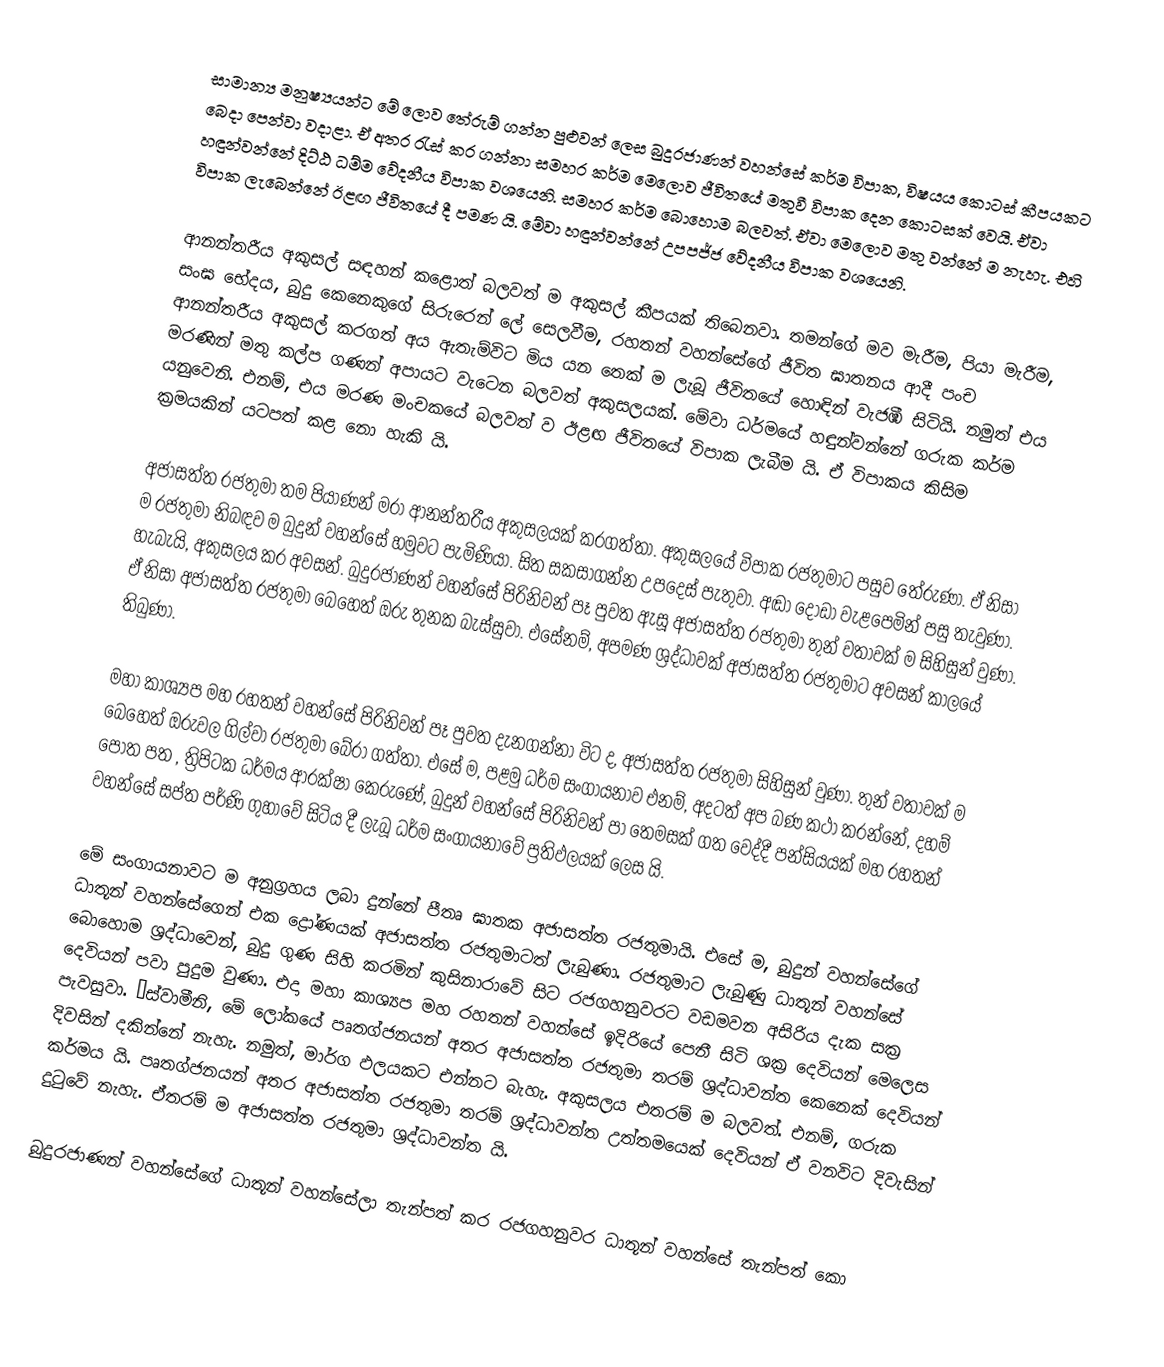
සාමාන්‍ය මනුෂ්‍යයන්ට මේ ලොව තේරුම් ගන්න පුළුවන් ලෙස බුදුරජාණන් වහන්සේ කර්ම විපාක, විෂයය කොටස් කීපයකට බෙදා පෙන්වා වදාළා. ඒ අතර රැස් කර ගන්නා සමහර කර්ම මෙලොව ජීවිතයේ මතුවී විපාක දෙන කොටසක් වෙයි. ඒවා හඳුන්වන්නේ දිට්ඨ ධම්ම වේදනීය විපාක වශයෙනි. සමහර කර්ම බොහොම බලවත්. ඒවා මෙලොව මතු වන්නේ ම නැහැ. එහි විපාක ලැබෙන්නේ ඊළඟ ජීවිතයේ දී පමණ යි. මේවා හඳුන්වන්නේ උපපජ්ජ වේදනීය විපාක වශයෙනි.

ආනන්තරීය අකුසල් සඳහන් කළොත් බලවත් ම අකුසල් කීපයක් තිබෙනවා. තමන්ගේ මව මැරීම, පියා මැරීම, සංඝ භේදය, බුදු කෙනෙකුගේ සිරුරෙන් ලේ සෙලවීම, රහතන් වහන්සේගේ ජීවිත ඝාතනය ආදී පංච ආනන්තරීය අකුසල් කරගත් අය ඇතැම්විට මිය යන තෙක් ම ලැබූ ජීවිතයේ හොඳින් වැජඹී සිටියි. නමුත් එය මරණින් මතු කල්ප ගණන් අපායට වැටෙන බලවත් අකුසලයක්. මේවා ධර්මයේ හඳුන්වන්නේ ගරුක කර්ම යනුවෙනි. එනම්, එය මරණ මංචකයේ බලවත් ව ඊළඟ ජීවිතයේ විපාක ලැබීම යි. ඒ විපාකය කිසිම ක්‍රමයකින් යටපත් කළ නො හැකි යි.

අජාසත්ත රජතුමා තම පියාණන් මරා ආනන්තරීය අකුසලයක් කරගත්තා. අකුසලයේ විපාක රජතුමාට පසුව තේරුණා. ඒ නිසා ම රජතුමා නිබඳව ම බුදුන් වහන්සේ හමුවට පැමිණියා. සිත සකසාගන්න උපදෙස් පැතුවා. අඬා දොඩා වැළපෙමින් පසු තැවුණා. හැබැයි, අකුසලය කර අවසන්. බුදුරජාණන් වහන්සේ පිරිනිවන් පෑ පුවත ඇසූ අජාසත්ත රජතුමා තුන් වතාවක් ම සිහිසුන් වුණා. ඒ නිසා අජාසත්ත රජතුමා බෙහෙත් ඔරු තුනක බැස්සුවා. එසේනම්, අපමණ ශ්‍රද්ධාවක් අජාසත්ත රජතුමාට අවසන් කාලයේ තිබුණා.

මහා කාශ්‍යප මහ රහතන් වහන්සේ පිරිනිවන් පෑ පුවත දැනගන්නා විට ද, අජාසත්ත රජතුමා සිහිසුන් වුණා. තුන් වතාවක් ම බෙහෙත් ඔරුවල ගිල්වා රජතුමා බේරා ගත්තා. එසේ ම, පළමු ධර්ම සංගායනාව එනම්, අදටත් අප බණ කථා කරන්නේ, දහම් පොත පත , ත්‍රිපිටක ධර්මය ආරක්ෂා කෙරුණේ, බුදුන් වහන්සේ පිරිනිවන් පා තෙමසක් ගත වෙද්දී පන්සියයක් මහ රහතන් වහන්සේ සප්ත පර්ණි ගුහාවේ සිටිය දී ලැබූ ධර්ම සංගායනාවේ ප්‍රතිඵලයක් ලෙස යි.

මේ සංගායනාවට ම අනුග්‍රහය ලබා දුන්නේ පීතෘ ඝාතක අජාසත්ත රජතුමායි. එසේ ම, බුදුන් වහන්සේගේ ධාතූන් වහන්සේගෙන් එක ද්‍රෝණයක් අජාසත්ත රජතුමාටත් ලැබුණා. රජතුමාට ලැබුණු ධාතූන් වහන්සේ බොහොම ශ්‍රද්ධාවෙන්, බුදු ගුණ සිහි කරමින් කුසිනාරාවේ සිට රජගහනුවරට වඩමවන අසිරිය දැක සක්‍ර දෙවියන් පවා පුදුම වුණා. එදා මහා කාශ්‍යප මහ රහතන් වහන්සේ ඉදිරියේ පෙනී සිටි ශක්‍ර දෙවියන් මෙලෙස පැවසුවා. ‘ස්වාමීනි, මේ ලෝකයේ පෘතග්ජනයන් අතර අජාසත්ත රජතුමා තරම් ශ්‍රද්ධාවන්ත කෙනෙක් දෙවියන් දිවසින් දකින්නේ නැහැ. නමුත්, මාර්ග ඵලයකට එන්නට බැහැ. අකුසලය එතරම් ම බලවත්. එනම්, ගරුක කර්මය යි. පෘතග්ජනයන් අතර අජාසත්ත රජතුමා තරම් ශ්‍රද්ධාවන්ත උත්තමයෙක් දෙවියන් ඒ වනවිට දිවැසින් දුටුවේ නැහැ. ඒතරම් ම අජාසත්ත රජතුමා ශ්‍රද්ධාවන්ත යි.

බුදුරජාණන් වහන්සේගේ ධාතූන් වහන්සේලා තැන්පත් කර රජගහනුවර ධාතූන් වහන්සේ තැන්පත් කො